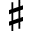
\sharp